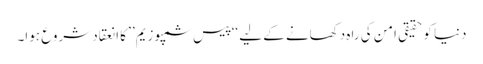
دنیا کوحقیقی امن کی راہ دکھانے کے لیے ‘‘پیس سمپوزیم’’ کا انعقاد شروع ہوا۔